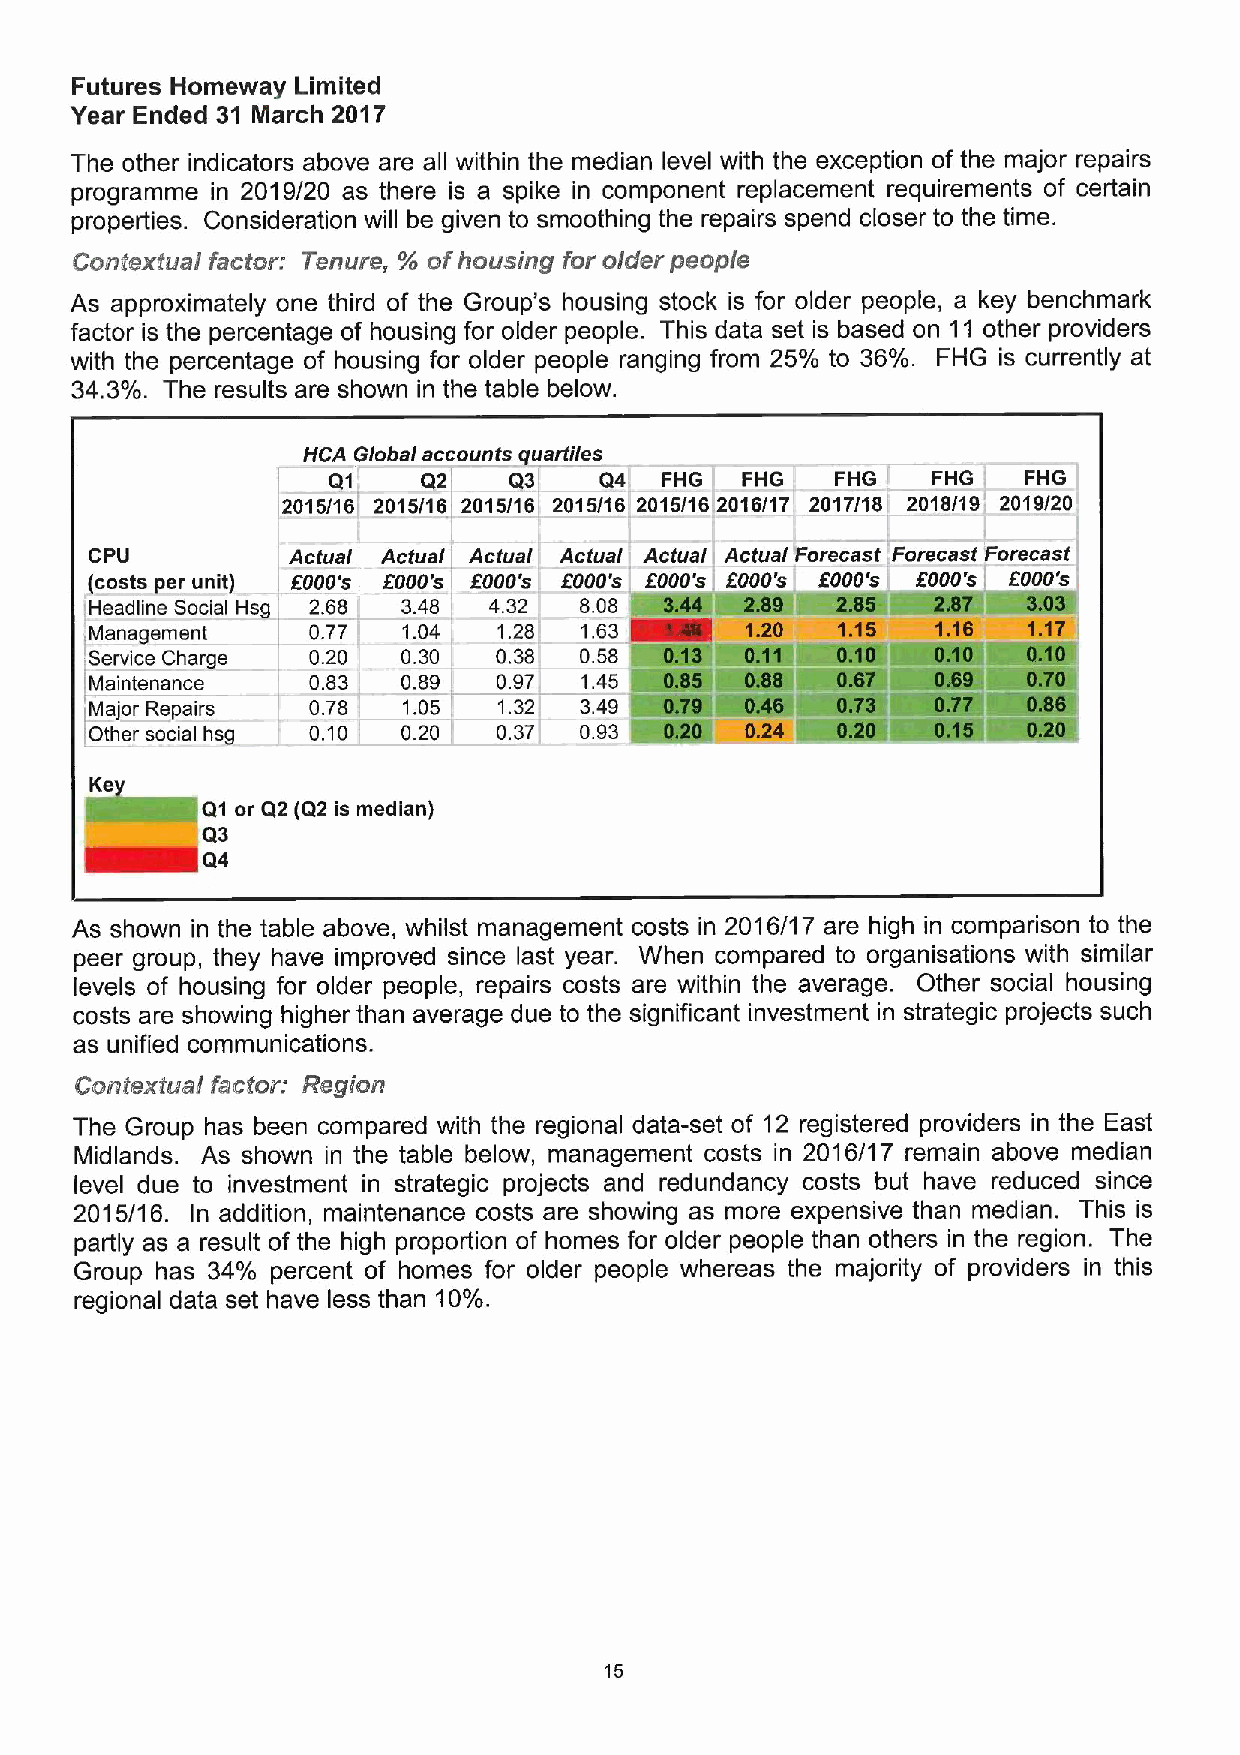
Futures Homeway Limited
 Year Ended 31 March 2017
 The other indicators above are all within the median level with the exception of the major repairs
 programme in 2019/20 as there is a spike in component replacement requirements of certain
 properties. Consideration will be given to smoothing the repairs spend closer to the time.
 Conte/rfual factor: Tenure, % ofhousing for older people
 As approximately one third of the Group's housing stock is for older people, a key benchmark
 factor is the percentage of housing for older people. This data set is based on 11 other providers
 with the percentage of housing for older people ranging from 25% to 36%. FHG is currently at
 34.3%. The results are shown in the table below.
 HCA Global accounts quart//es
 Q3~Q4
 Q1    Q2              FHG! FHG . FHG I  FHG I FHG l
 i2015/16) 2015/16 2015/16I 2015/16 2015/16I2016/17 2017/181 2018/19' 2019/20'
 cpu          Actual Actual Actual Actual Actual Actual 'Forecast 'Forecast Forecast
 (costs per unit) fOOO's i fOOO's fOOO's I ' f000's I fOOO's I j f000's fOOO's fOOO's f000's
 IHeadline Social Hsg 2.68 l 3.48 4.32 8.08
 Management    0.77 ' 1.04 I 1 28r 1.63
 Service Charge 0.20  0.30  0.38 0.58
 Maintenance   0.83   0.89  0.97 1.45
 IMajor Repairs 0.78! 1.05  1.32 3.49
 l
 [Other social hsg 0.10 ,' 0.20 0.37 I 0.93
 Ke
 Q1 or Q2 (Q2 is median)
 Q3
 Q4
 As shown in the table above, whilst management costs in 2016/17 are high in comparison to the
 peer group, they have improved since last year. When compared to organisations with similar
 levels of housing for older people, repairs costs are within the average. Other social housing
 costs are showing higher than average due to the significant investment in strategic projects such
 as unified communications.
 Conte/tfua/ fac//or/ Region
 The Group has been compared with the regional data-set of 12 registered providers in the East
 Midlands. As shown in the table below, management costs in 2016/17 remain above median
 level due to investment in strategic projects and redundancy costs but have reduced since
 2015/16. In addition, maintenance costs are showing as more expensive than median. This is
 partly as a result of the high proportion of homes for older people than others in the region. The
 Group has 34% percent of homes for older people whereas the majority of providers in this
 regional data set have less than 10%.
 15